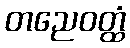
တညေဝတ္ထံ